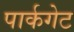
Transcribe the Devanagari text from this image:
पार्कगेट